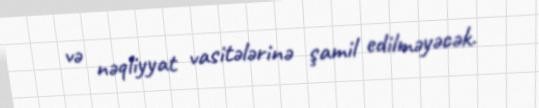
və nəqliyyat vasitələrinə şamil edilməyəcək.